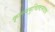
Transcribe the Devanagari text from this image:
कृत्स्नमुच्छिष्टमादाय